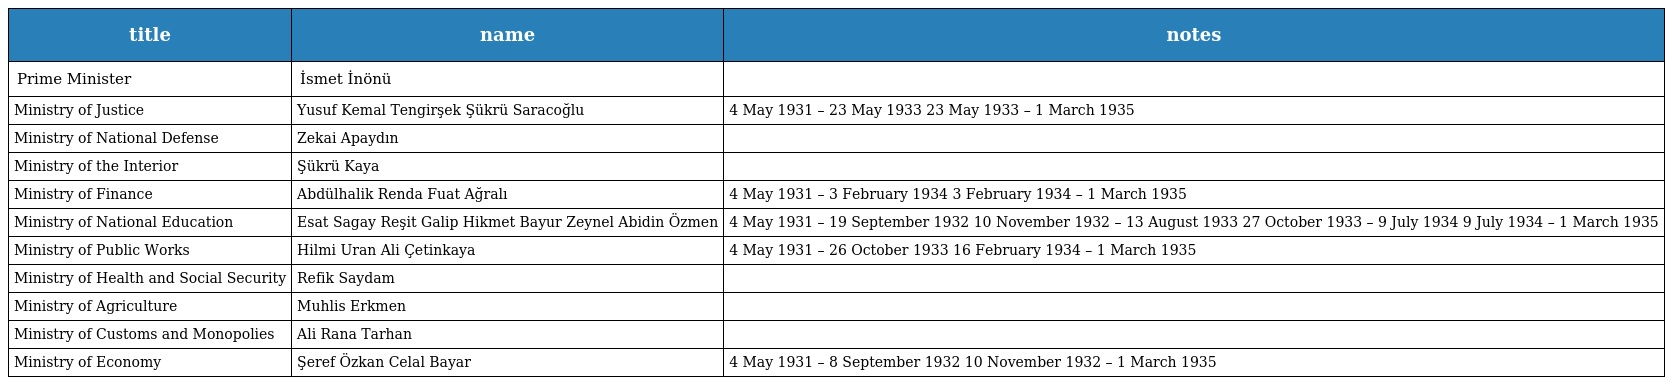
| title | name | notes |
 | --- | --- | --- |
 | Prime Minister | İsmet İnönü |  |
 | Ministry of Justice | Yusuf Kemal Tengirşek Şükrü Saracoğlu | 4 May 1931 – 23 May 1933 23 May 1933 – 1 March 1935 |
 | Ministry of National Defense | Zekai Apaydın |  |
 | Ministry of the Interior | Şükrü Kaya |  |
 | Ministry of Finance | Abdülhalik Renda Fuat Ağralı | 4 May 1931 – 3 February 1934 3 February 1934 – 1 March 1935 |
 | Ministry of National Education | Esat Sagay Reşit Galip Hikmet Bayur Zeynel Abidin Özmen | 4 May 1931 – 19 September 1932 10 November 1932 – 13 August 1933 27 October 1933 – 9 July 1934 9 July 1934 – 1 March 1935 |
 | Ministry of Public Works | Hilmi Uran Ali Çetinkaya | 4 May 1931 – 26 October 1933 16 February 1934 – 1 March 1935 |
 | Ministry of Health and Social Security | Refik Saydam |  |
 | Ministry of Agriculture | Muhlis Erkmen |  |
 | Ministry of Customs and Monopolies | Ali Rana Tarhan |  |
 | Ministry of Economy | Şeref Özkan Celal Bayar | 4 May 1931 – 8 September 1932 10 November 1932 – 1 March 1935 |